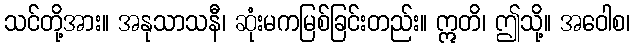
သင်တို့အား။ အနုသာသနီ၊ ဆုံးမကမြစ်ခြင်းတည်း။ ဣတိ၊ ဤသို့။ အဝေါစ၊